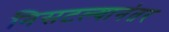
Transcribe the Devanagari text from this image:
निसटल्यानंतर